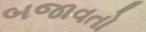
બજાવતો